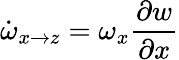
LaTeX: \dot{\omega}_{x\rightarrow z}=\omega_{x}\frac{\partial w}{\partial x}